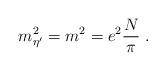
LaTeX: \begin{align*}m^2_{\eta^\prime} = m^2 = e^2\frac{N}{\pi} \; .\end{align*}